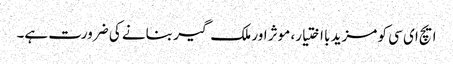
ایچ ای سی کو مزید با اختیار، موثر اور ملک گیر بنانے کی ضرورت ہے۔